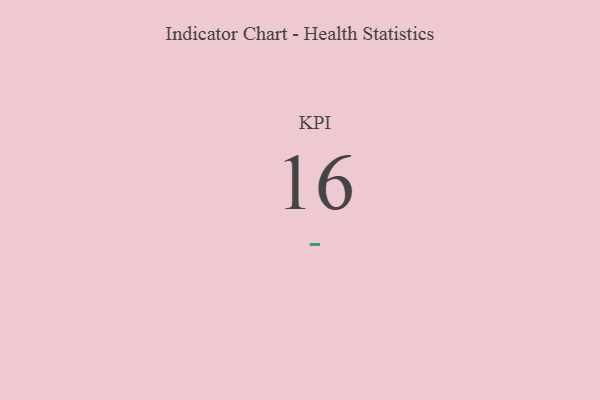
{"axis": {"x": "KPI", "y": "Value"}, "legend": [""], "data": [{"x": "KPI", "y": 16, "type": ""}]}